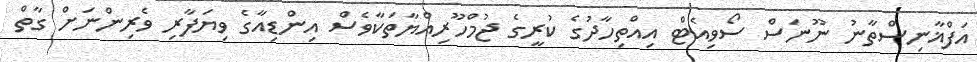
އަފްޣާނިސްތާނު ނޫނަސް ސޯވިއެޓް އިއްތިހާދުގެ ކުރީގެ ޖުމްހޫރިއްޔާތަކާވެސް އިންޑިއާގެ ވިޔަފާރި ވެރިންނަށް ގާތް